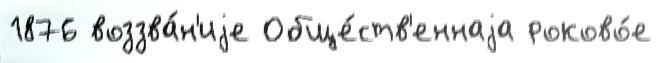
1876 воззва́н'иjе Обще́ств'еннаjа роково́е